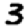
Digit: 3